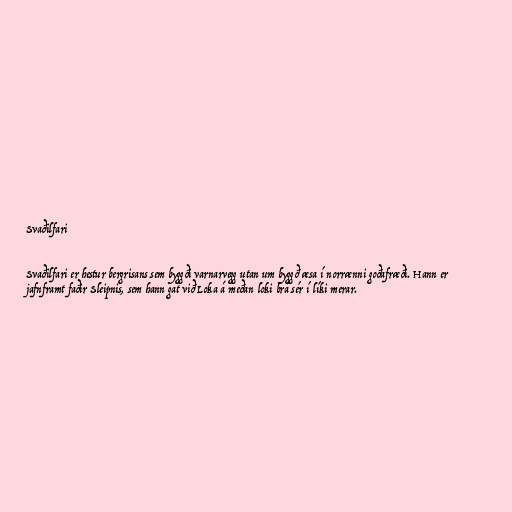
Svaðilfari

Svaðilfari er hestur bergrisans sem byggði varnarvegg utan um byggð æsa í norrænni goðafræði. Hann er
jafnframt faðir Sleipnis, sem hann gat við Loka á meðan loki brá sér í líki merar.